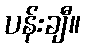
ပန်းချီ။